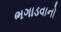
ભગાડવાનો